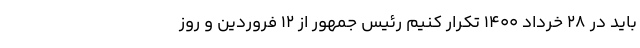
باید در ۲۸ خرداد ۱۴۰۰ تَکرار کنیم رئیس جمهور از ۱۲ فروردین و روز